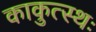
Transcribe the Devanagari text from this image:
काकुत्स्थः